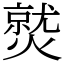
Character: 𤎼